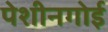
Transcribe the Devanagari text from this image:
पेशीनगोई